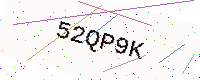
Text: 52QP9K